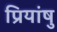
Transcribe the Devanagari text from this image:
प्रियांषु